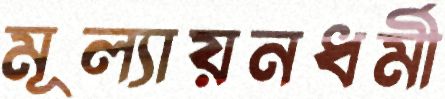
মূল্যায়নধর্মী